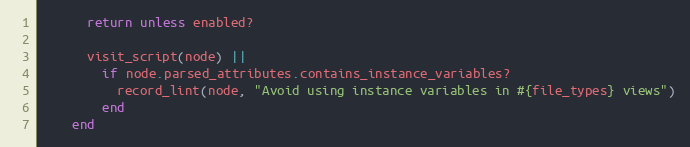
Language: Ruby
      return unless enabled?

      visit_script(node) ||
        if node.parsed_attributes.contains_instance_variables?
          record_lint(node, "Avoid using instance variables in #{file_types} views")
        end
    end